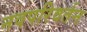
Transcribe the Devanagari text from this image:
नवपरिवर्तन